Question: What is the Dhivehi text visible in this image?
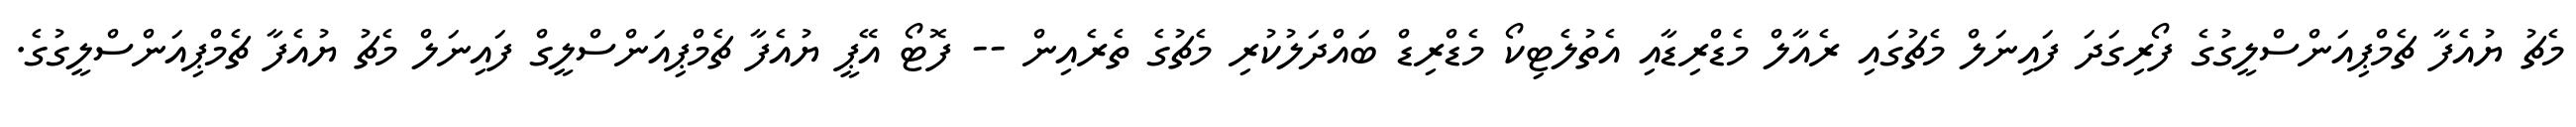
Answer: މެޗު ޔުއެފާ ޗެމްޕިއަންސްލީގުގެ ފޯރިގަދަ ފައިނަލް މެޗުގައި ރެއާލް މެޑްރިޑާއި އެތުލެޓިކޯ މެޑްރިޑް ބައްދަލުކުރި މެޗުގެ ތެރެއިން -- ފޮޓޯ އޭޕީ ޔުއެފާ ޗެމްޕިއަންސްލީގް ފައިނަލް މެޗު ޔުއެފާ ޗެމްޕިއަންސްލީގުގެ.